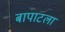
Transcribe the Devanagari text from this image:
बापाटला